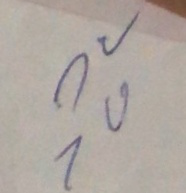
25 x 25